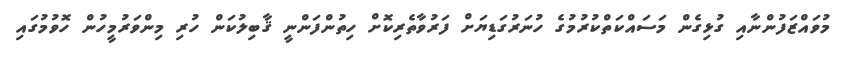
މުވައްޒަފުންނާއި ގުޅިގެން މަސައްކަތްކުރުމުގެ ހުނަރުގަޑިޔަށް ފަރުވާތެރިކޮށް ހިތުންފަންނީ ޤާބިލުކަން ހުރި މިންވަރުމީހުން ހޮވުމުގައި